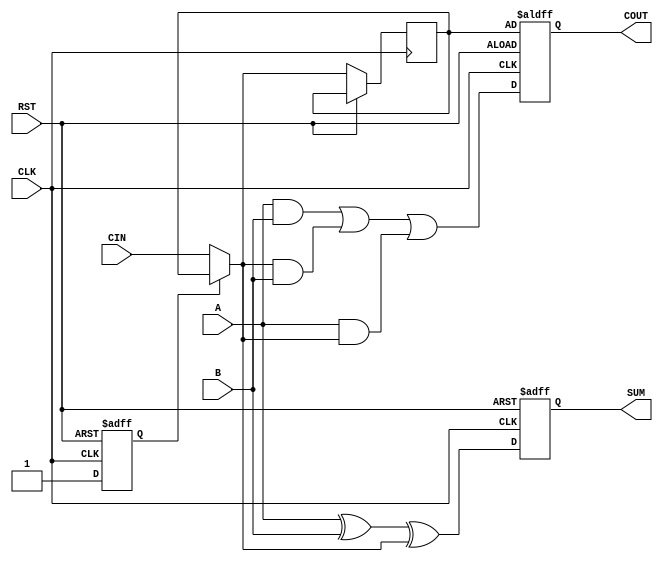
`timescale 1ns / 1ps

module serial_adder 
    (   input CLK,RST, 
        input A,B,CIN,  
        output reg SUM,COUT
        );

reg CARRY,FLAG;

always@(posedge CLK or posedge RST)
begin
    if(RST == 1) begin 
        SUM = 0;
        COUT = CARRY;
        FLAG = 0;
    end else begin
        if(FLAG == 0) begin
            CARRY = CIN;  
            FLAG = 1;
        end 
        COUT = 0;
        SUM = A ^ B ^ CARRY;  
        COUT = (A & B) | (CARRY & B) | (A & CARRY);  
    end 
end

endmodule